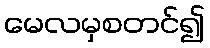
မေလမှစတင်၍